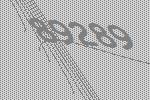
89289